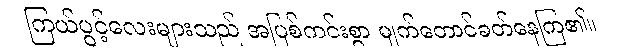
ကြယ်ပွင့်လေးများသည် အပြစ်ကင်းစွာ မျက်တောင်ခတ်နေကြ၏။